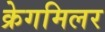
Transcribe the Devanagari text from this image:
क्रेगमिलर